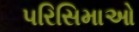
પરિસિમાઓ